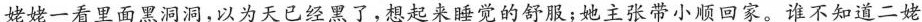
姥姥一看里面黑洞洞，以为天已经黑了，想起来睡觉的舒服；她主张带小顺回家。谁不知道二姥